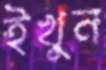
ইখুন